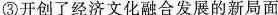
③开创了经济文化融合发展的新局面